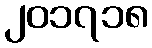
၂၀၁၇၁၈